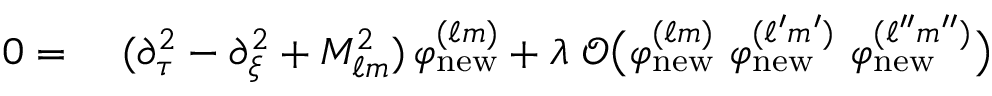
\begin{array} { r l } { 0 = \ } & { ( \partial _ { \tau } ^ { 2 } - \partial _ { \xi } ^ { 2 } + M _ { \ell m } ^ { 2 } ) \, \varphi _ { \mathrm { n e w } } ^ { ( \ell m ) } + \lambda \ \mathcal { O } \big ( \varphi _ { \mathrm { n e w } } ^ { ( \ell m ) } \ \varphi _ { \mathrm { n e w } } ^ { ( \ell ^ { \prime } m ^ { \prime } ) } \ \varphi _ { \mathrm { n e w } } ^ { ( \ell ^ { \prime \prime } m ^ { \prime \prime } ) } \big ) } \end{array}